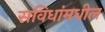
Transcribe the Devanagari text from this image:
सविधांमधील